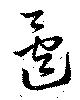
遷